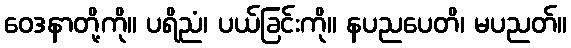
ဝေဒနာတို့ကို။ ပရိညံ၊ ပယ်ခြင်းကို။ နပညပေတိ၊ မပညတ်။